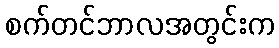
စက်တင်ဘာလအတွင်းက